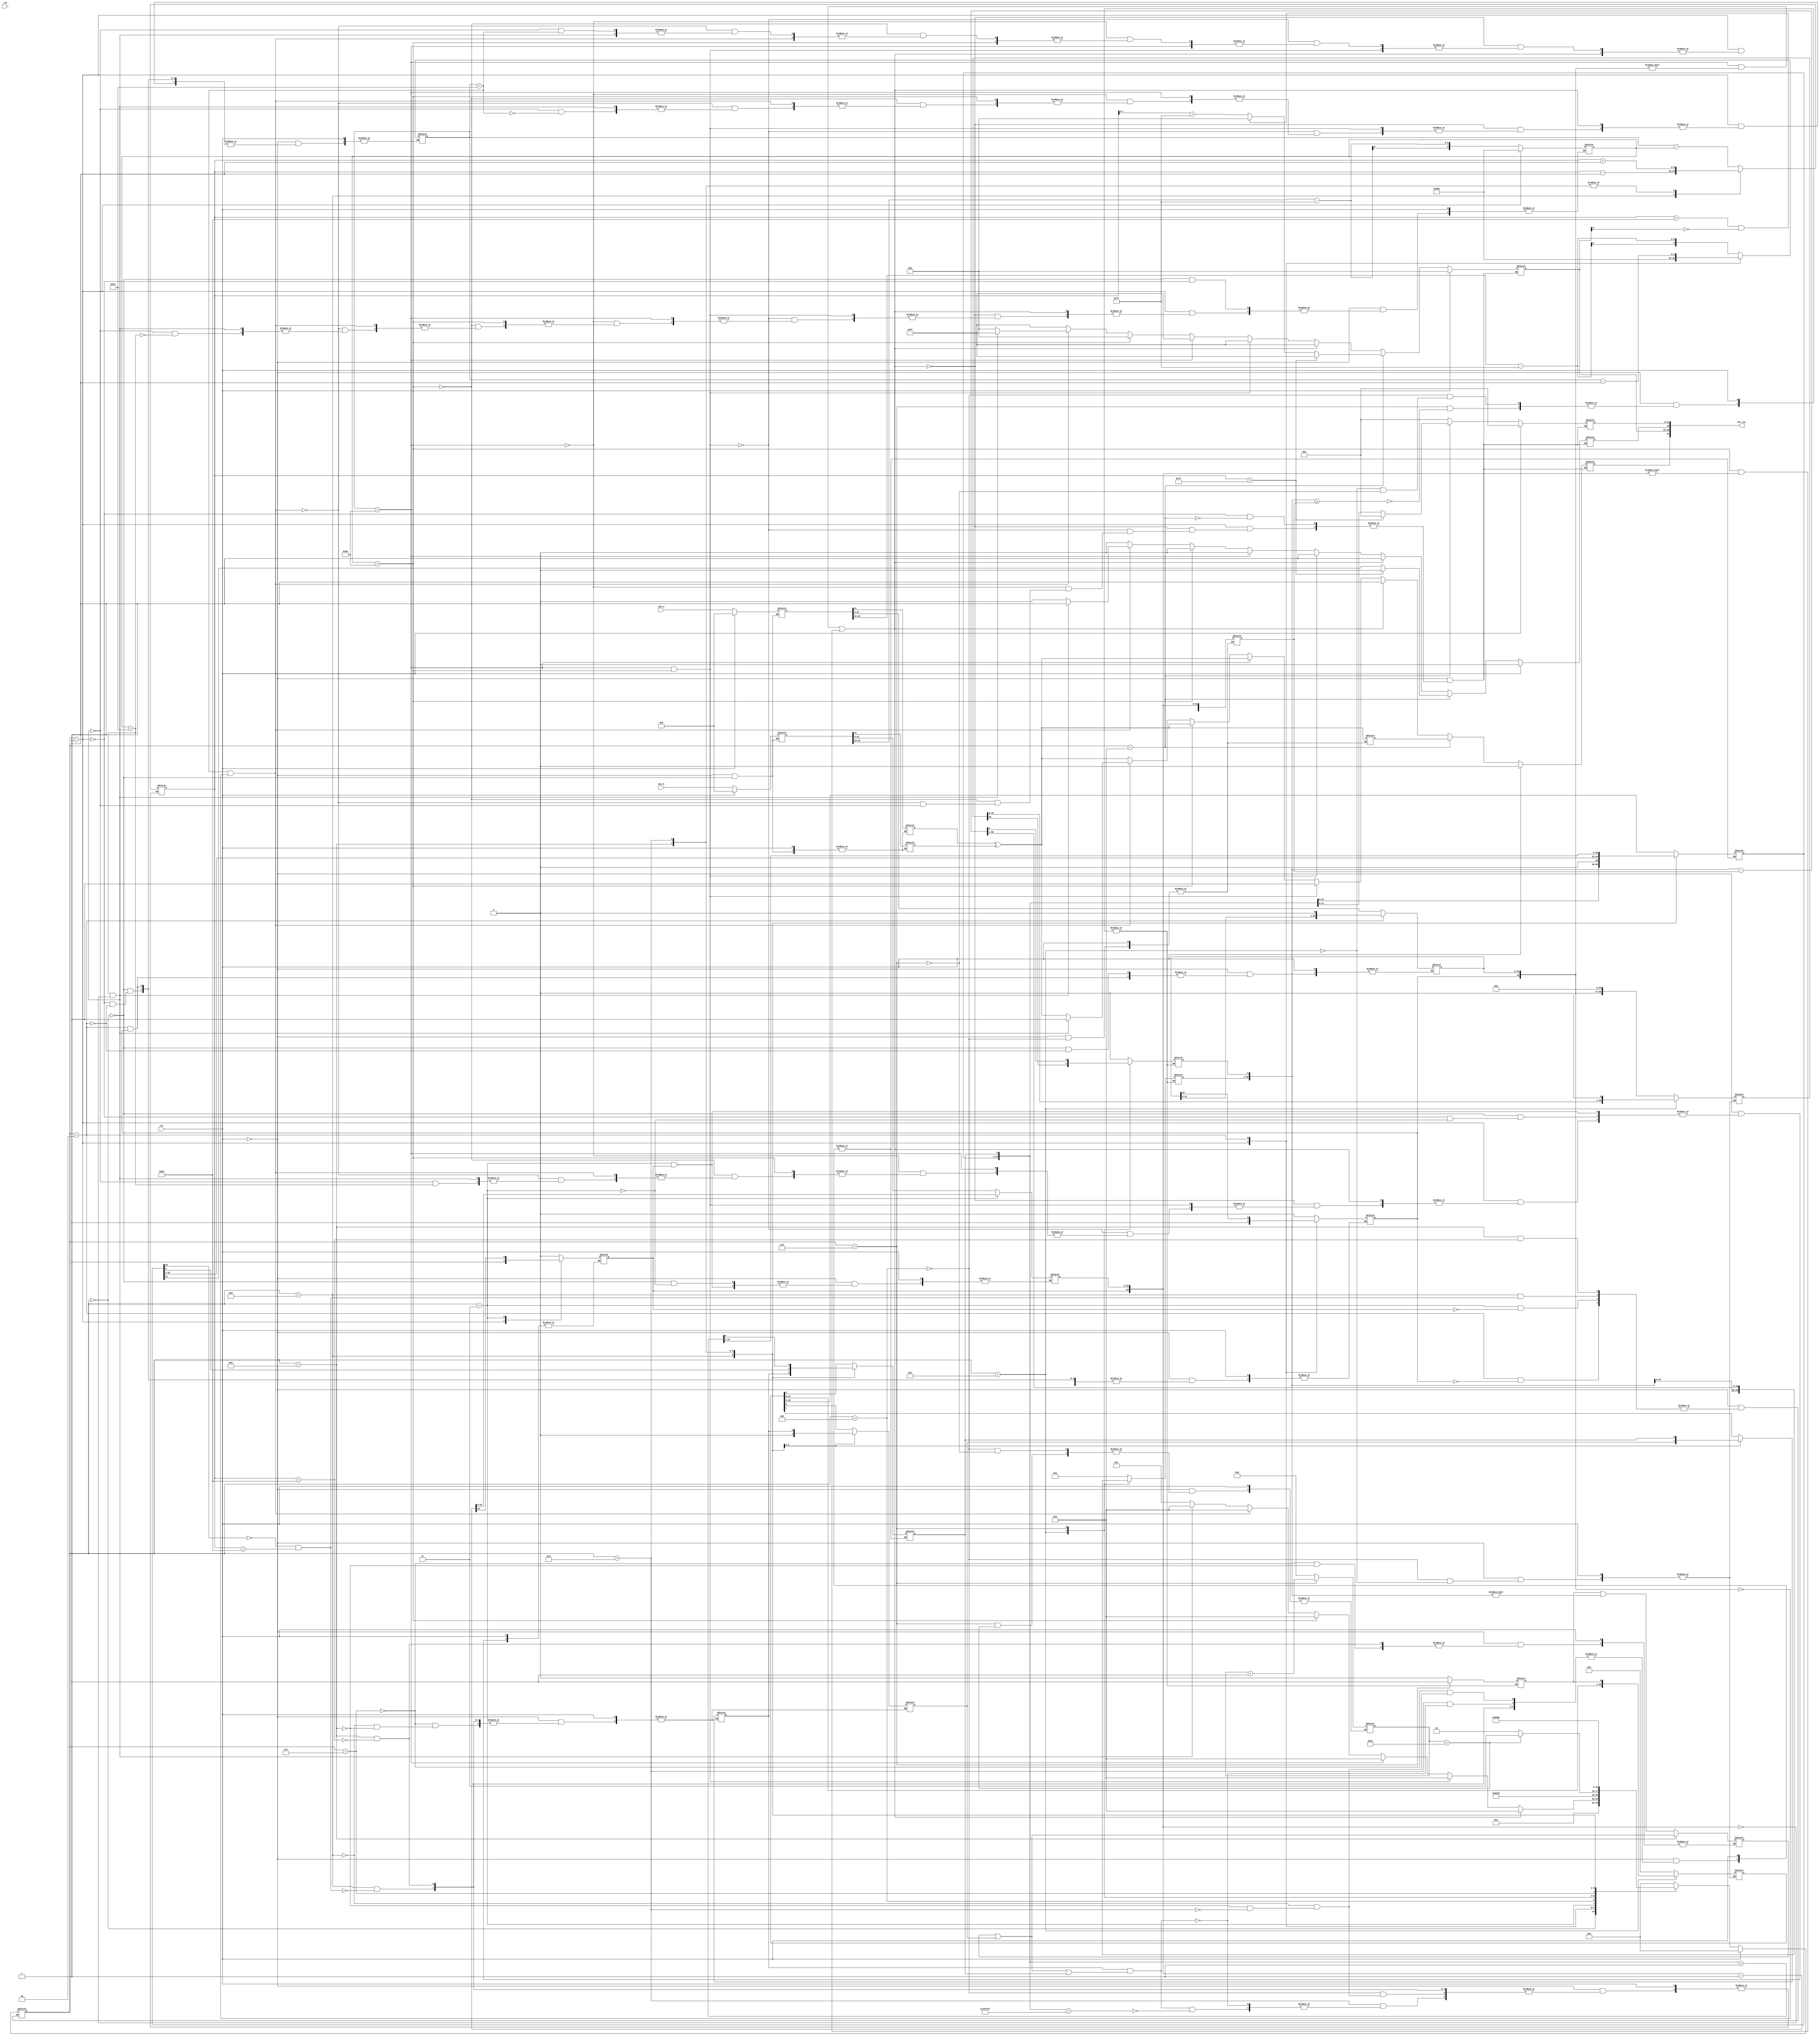
`timescale 1ns/1ns

module Divider_Module(clk,rst,div_a,div_b,div_res);

    input [31:0] div_a;
    input [31:0] div_b;
    output [31:0] div_res;

    input clk;
    input rst;

    reg [3:0] state;

    parameter   unpack        = 4'd0,
                special_cases = 4'd1,
                normalise_a   = 4'd2,
                normalise_b   = 4'd3,
                divide_0      = 4'd4,
                divide_1      = 4'd5,
                divide_2      = 4'd6,
                divide_3      = 4'd7,
                normalise_1   = 4'd8,
                normalise_2   = 4'd9,
                round         = 4'd10,
                pack          = 4'd11;

    reg       [31:0] a, b, z;
    reg       [23:0] a_m, b_m, z_m;
    reg       [9:0] a_e, b_e, z_e;
    reg       a_s, b_s, z_s;
    reg       guard, round_bit, sticky;
    reg       [50:0] quotient, divisor, dividend, remainder;
    reg       [5:0] count;

    always@(div_a or div_b)
    begin
        if(rst)
        begin
            state <= unpack;
            a <= 32'b0;
            b <= 32'b0;
            z <= 32'b0;
        end

        else
        begin
            case (state)
                
                 //Unpacking of inputs and separation of Sign, Exponent and Mantessa bits.
                unpack:
				begin

					a <= div_a;
					b <= div_b;

					a_m <= a[22:0];
					b_m <= b[22:0];
					a_e <= a[30:23] - 127;
					b_e <= b[30:23] - 127;
					a_s <= a[31];
					b_s <= b[31];
					state <= special_cases;
				end

                special_cases:
                begin
                    //if a is NaN or b is NaN return NaN 
                    if ((a_e == 128 && a_m != 0) || (b_e == 128 && b_m != 0))
                        begin
                        z[31] <= 1;
                        z[30:23] <= 255;
                        z[22] <= 1;
                        z[21:0] <= 0;
                        state <= pack;
                    end

                     //if a is inf and b is inf return NaN 
                    else if ((a_e == 128) && (b_e == 128))
                    begin
                        z[31] <= 1;
                        z[30:23] <= 255;
                        z[22] <= 1;
                        z[21:0] <= 0;
                        state <= pack;
                    end
                    
                    //if a is inf return inf
                    else if (a_e == 128) 
                        begin
                            z[31] <= a_s ^ b_s;
                            z[30:23] <= 255;
                            z[22:0] <= 0;
                            state <= pack;
                        

                            //if b is zero return NaN
                            if ($signed(b_e == -127) && (b_m == 0)) 
                            begin
                                z[31] <= 1;
                                z[30:23] <= 255;
                                z[22] <= 1;
                                z[21:0] <= 0;
                                state <= pack;
                            end
                    end
                    
                    //if b is inf return zero
                    else if (b_e == 128) 
                    begin
                        z[31] <= a_s ^ b_s;
                        z[30:23] <= 0;
                        z[22:0] <= 0;
                        state <= pack;
                    end
                    
                    //if a is zero return zero
                    else if (($signed(a_e) == -127) && (a_m == 0))
                    begin
                        z[31] <= a_s ^ b_s;
                        z[30:23] <= 0;
                        z[22:0] <= 0;
                        state <= pack;
                    
                    
                        //if b is zero return NaN
                        if (($signed(b_e) == -127) && (b_m == 0)) 
                        begin
                            z[31] <= 1;
                            z[30:23] <= 255;
                            z[22] <= 1;
                            z[21:0] <= 0;
                            state <= pack;
                        end
                    end

                    //if b is zero return inf
                    else if (($signed(b_e) == -127) && (b_m == 0)) 
                    begin
                        z[31] <= a_s ^ b_s;
                        z[30:23] <= 255;
                        z[22:0] <= 0;
                        state <= pack;
                        end else begin
                        //Denormalised Number
                        if ($signed(a_e) == -127) begin
                            a_e <= -126;
                        end else begin
                            a_m[23] <= 1;
                        end
                        //Denormalised Number
                        if ($signed(b_e) == -127) begin
                            b_e <= -126;
                        end else begin
                            b_m[23] <= 1;
                        end
                        state <= normalise_a;
                    end
                end

                normalise_a:
                begin
                    if(a_m[23])
                        state <= normalise_b;
                    else
                    begin
                        a_m <= a_m << 1;
                        a_e <= a_e - 1;
                    end
                end

                normalise_b:
                begin
                    if(b_m[23])
                        state <= divide_0;
                    else
                    begin
                        b_m <= b_m << 1;
                        b_m <= b_m - 1;
                    end
                end

                divide_0:
                begin
                    z_s <= a_s ^ b_s;
                    z_e <= a_e - b_e;
                    quotient <= 0;
                    remainder <= 0;
                    count <= 0;
                    dividend <= a_m << 27;
                    divisor <= b_m;
                    state <= divide_1;
                end

                divide_1:
                begin
                    quotient <= quotient << 1;
                    remainder <= remainder << 1;
                    remainder[0] <= dividend[50];
                    dividend <= dividend << 1;
                    state <= divide_2;
                end

                divide_2:
                begin
                    if(remainder >= divisor)
                    begin
                        quotient[0] <= 1;
                        remainder <= remainder - divisor;
                    end

                    if(count == 49)
                        state <= divide_3;
                    else
                    begin
                        count <= count + 1;
                        state <= divide_1;
                    end
                end

                divide_3:
                begin
                    z_m <= quotient[26:3];
                    guard <= quotient[2];
                    round_bit <= quotient[1]; 
                    sticky <= quotient[0] | (remainder != 0);
                    state <= normalise_1;
                end

                normalise_1:
                begin
                    if(z_m[23] == 0 && $signed(z_e) > -126)
                    begin
                        z_e <= z_e - 1;
                        z_m <= z_m << 1;
                        z_m[0] <= guard;
                        guard <= round_bit;
                        round_bit <= 0;
                    end

                    else
                        state <= normalise_2;
                end

                normalise_2:
                begin
                    if($signed(z_e) < -126)
                    begin
                        z_e <= z_e + 1;
                        z_m <= z_m >> 1;
                        guard <= z_m[0];
                        round_bit <= guard;
                        sticky <= sticky | round_bit;
                    end

                    else
                        state <= round;
                end

                round:
                begin
                    if(guard && (round_bit | sticky | z_m[0]))
                    begin
                        z_m <= z_m + 1;
                        if(z_m == 24'hffffff)
                            z_e <= z_e + 1;
                    end

                    state <= pack;
                end

                pack:
                begin
                    z[22:0] <= z_m[22:0];
                    z[30:23] <= z_e[7:0] + 127;
                    z[31] <= z_s;

                    if($signed(z_e) == -126 && z[23] == 0)
                        z[30:23] <= 0;
                    
                    // If overflow occurs, return inf
                    if($signed(z_e) > 127)
                    begin
                        z[22:0] <= 0;
                        z[30:23] <= 255;
                        z[31] <= z_s;
                    end

                    state <= unpack;
                end

                default: state <= unpack; 
            endcase
        end
    end

    assign div_res[31:0] = z[31:0];

endmodule